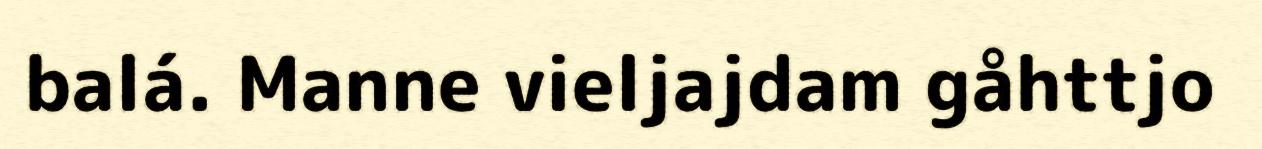
balá. Manne vieljajdam gåhttjo